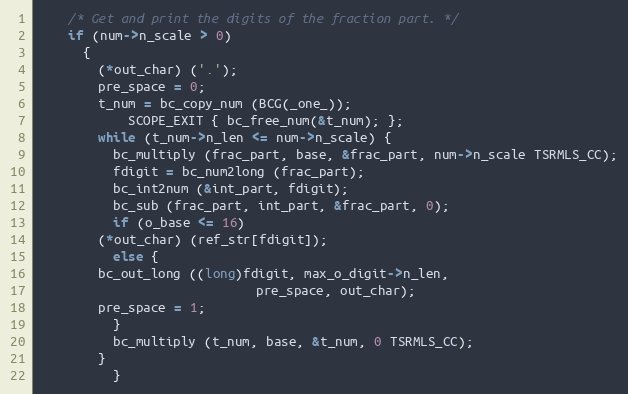
Language: C++
	/* Get and print the digits of the fraction part. */
	if (num->n_scale > 0)
	  {
	    (*out_char) ('.');
	    pre_space = 0;
	    t_num = bc_copy_num (BCG(_one_));
            SCOPE_EXIT { bc_free_num(&t_num); };
	    while (t_num->n_len <= num->n_scale) {
	      bc_multiply (frac_part, base, &frac_part, num->n_scale TSRMLS_CC);
	      fdigit = bc_num2long (frac_part);
	      bc_int2num (&int_part, fdigit);
	      bc_sub (frac_part, int_part, &frac_part, 0);
	      if (o_base <= 16)
		(*out_char) (ref_str[fdigit]);
	      else {
		bc_out_long ((long)fdigit, max_o_digit->n_len,
                             pre_space, out_char);
		pre_space = 1;
	      }
	      bc_multiply (t_num, base, &t_num, 0 TSRMLS_CC);
	    }
          }